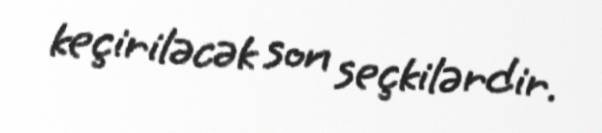
keçiriləcək son seçkilərdir.